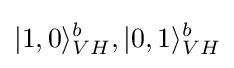
|1,0\rangle _{VH}^{b},|0,1\rangle _{VH}^{b}